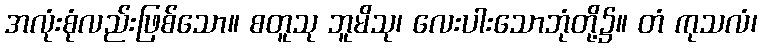
အလုံးစုံလည်းဖြစ်သော။ စတူသု ဘူမိသု၊ လေးပါးသောဘုံတို့၌။ တံ ကုသလံ၊